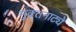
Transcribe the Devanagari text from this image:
मुक्‍तनाट्ये